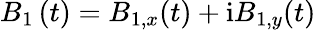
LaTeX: B_{1}\left(t\right)=B_{1,x}(t)+\mathrm{i}B_{1,y}(t)